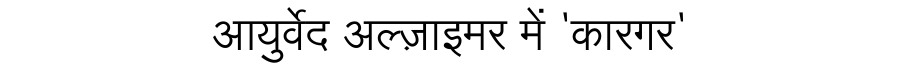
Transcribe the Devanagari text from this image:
आयुर्वेद अल्ज़ाइमर में 'कारगर'